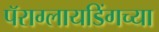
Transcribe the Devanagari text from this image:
पॅराग्लायडिंगच्या